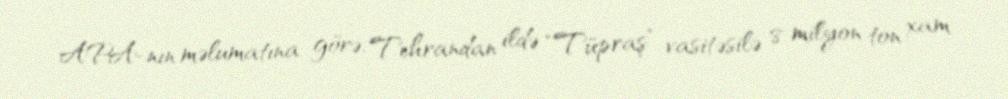
APA-nın məlumatına görə, Tehrandan ildə “Tüpraş” vasitəsilə 8 milyon ton xam